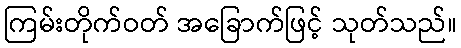
ကြမ်းတိုက်ဝတ် အခြောက်ဖြင့် သုတ်သည်။